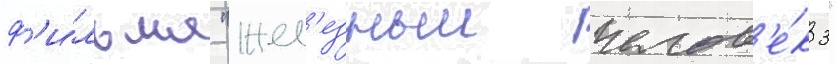
ф'и́льма "жел'езныи челов'е́к 3"